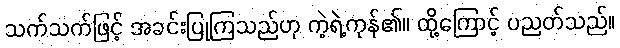
သက်သက်ဖြင့် အခင်းပြုကြသည်ဟု ကဲ့ရဲ့ကုန်၏။ ထို့ကြောင့် ပညတ်သည်။